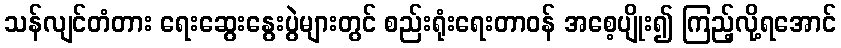
သန်လျင်တံတား ရေးဆွေးနွေးပွဲများတွင် စည်းရုံးရေးတာဝန် အစေ့ပျိုး၍ ကြည့်လို့ရအောင်